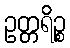
ဥတ္တရိဉ္စ